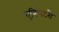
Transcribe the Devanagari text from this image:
एनिमेटरो